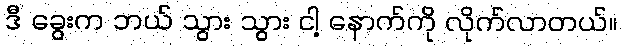
ဒီ ခွေးက ဘယ် သွား သွား ငါ့ နောက်ကို လိုက်လာတယ်။